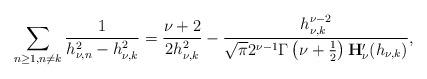
LaTeX: \begin{align*}\sum_{{{n\geq1},{n\neq{k}}}}\frac{1}{h_{\nu,n}^2-{h_{\nu,k}^2}}=\frac{\nu+2}{2h_{\nu,k}^2}-\frac{h_{\nu,k}^{\nu-2}}{\sqrt{\pi}2^{\nu-1}\Gamma\left(\nu+\frac{1}{2}\right)\mathbf{H}_{\nu}'(h_{\nu,k})},\end{align*}